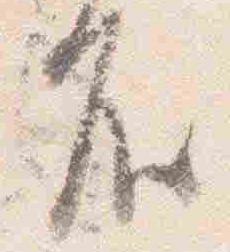
殿